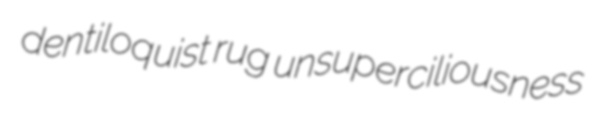
dentiloquist rug unsuperciliousness